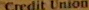
Credit Union